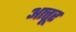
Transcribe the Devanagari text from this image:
आत्तूर